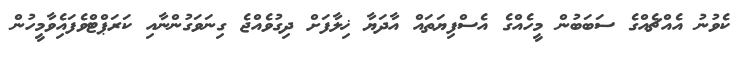
ކެވުނު އެއްޗެއްގެ ސަބަބުން މީހެއްގެ އެސްފިޔަތައް އާދަޔާ ޚިލާފަށް ދިގުވެއްޖެ ގިނަވަގުންނާއި ކަރަޕްޓްވެފައެިވާމީހުން